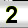
Digit: 2